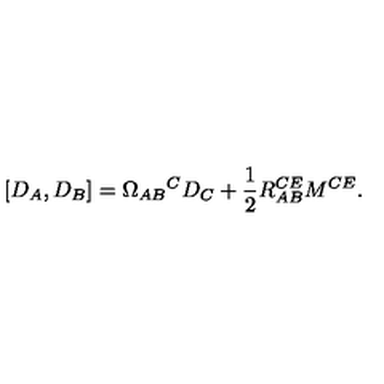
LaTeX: [ D _ { A } , D _ { B } ] = \Omega _ { A B } { } ^ { C } D _ { C } + \frac { 1 } { 2 } R _ { A B } ^ { C E } M ^ { C E } .